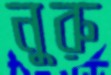
নুরু